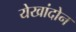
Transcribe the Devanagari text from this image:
येखांदोन